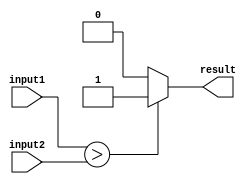
module comparator (
    input [7:0] input1,
    input [7:0] input2,
    output reg result
);

always @(*) begin
    if (input1 > input2) begin
        result = 1'b1; // input1 is greater than input2
    end
    else if (input1 < input2) begin
        result = 1'b0; // input1 is less than input2
    end
    else begin
        result = 1'b0; // input1 is equal to input2
    end
end

endmodule